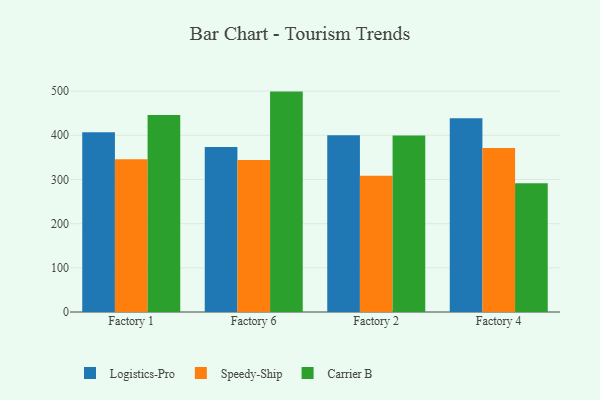
{"axis": {"x": "Factory", "y": "Energy Usage (MWh)"}, "legend": ["Carrier B", "Logistics-Pro", "Speedy-Ship"], "data": [{"x": "Factory 1", "y": 407.0, "type": "Logistics-Pro"}, {"x": "Factory 1", "y": 345.9, "type": "Speedy-Ship"}, {"x": "Factory 1", "y": 446.2, "type": "Carrier B"}, {"x": "Factory 6", "y": 373.7, "type": "Logistics-Pro"}, {"x": "Factory 6", "y": 344.3, "type": "Speedy-Ship"}, {"x": "Factory 6", "y": 498.9, "type": "Carrier B"}, {"x": "Factory 2", "y": 400.2, "type": "Logistics-Pro"}, {"x": "Factory 2", "y": 308.4, "type": "Speedy-Ship"}, {"x": "Factory 2", "y": 399.4, "type": "Carrier B"}, {"x": "Factory 4", "y": 438.3, "type": "Logistics-Pro"}, {"x": "Factory 4", "y": 371.4, "type": "Speedy-Ship"}, {"x": "Factory 4", "y": 291.4, "type": "Carrier B"}]}